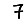
Digit: 7